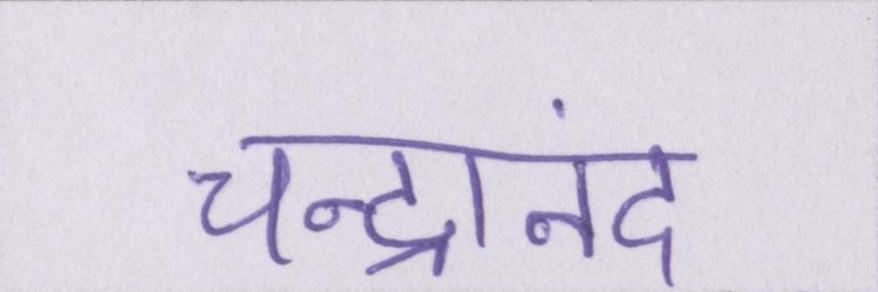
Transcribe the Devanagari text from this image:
चन्द्रानंद